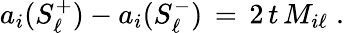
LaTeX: a_{i}(S_{\ell}^{+})-a_{i}(S_{\ell}^{-})\, =\, 2\, t\, M_{i\ell}\; .